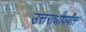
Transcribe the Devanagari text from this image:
उत्तरार्धापर्यंत